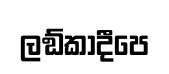
ලඞ්කාදීපෙ